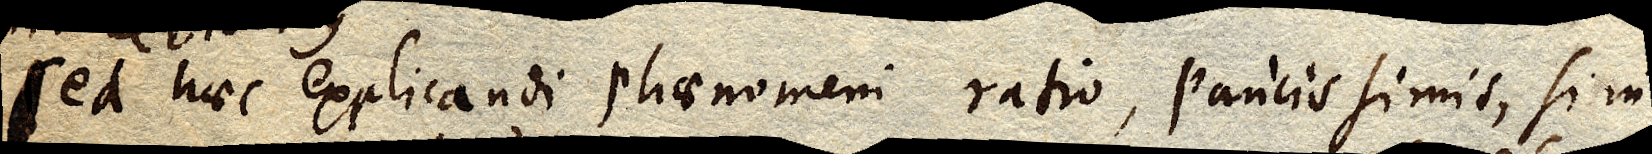
Sed haec explicandi phaenomeni ratio, paucissimis, si in